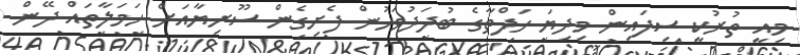
މިއީ ތުރުކީ ސިފައިން މިދިޔަ ހަފްތާގެ ބުދަދުވަހުން ފެށިގެން ސޫރިޔާއަށް ހަމަލާތައް ދޭން